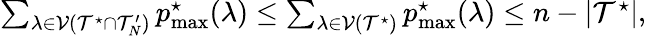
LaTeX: \begin{array}{r}{\sum_{\lambda\in\mathcal{V}(\mathcal{T}^{\star}\cap\mathcal{T}_{N}^{\prime})}p_{\operatorname*{max}}^{\star}(\lambda)\le\sum_{\lambda\in\mathcal{V}(\mathcal{T}^{\star})}p_{\operatorname*{max}}^{\star}(\lambda)\le n-|\mathcal{T}^{\star}|,}\end{array}